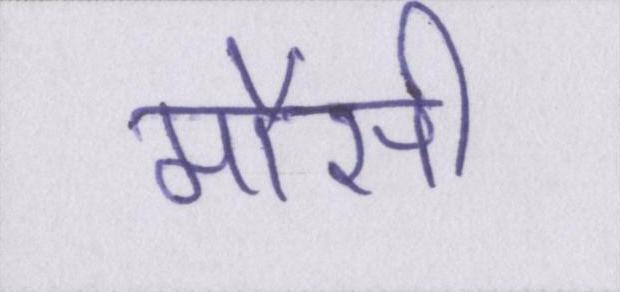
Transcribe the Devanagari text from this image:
मौसी